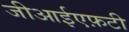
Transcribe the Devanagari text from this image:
जीआईएफ़टी